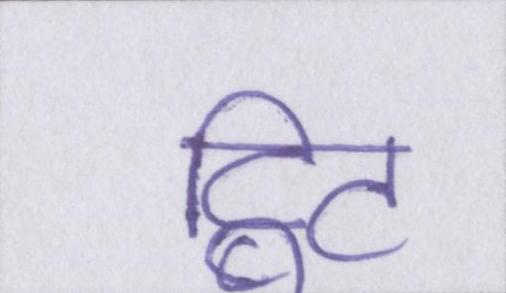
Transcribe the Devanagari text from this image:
ट्विट